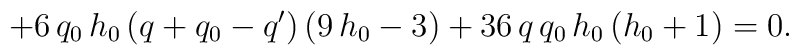
+ 6\, q_{0}\, h_{0}\, (q+q_{0}-q')\,(9\, h_{0} - 3)+ 36\, q\, q_{0}\, h_{0}\, (h_{0} + 1) = 0 .